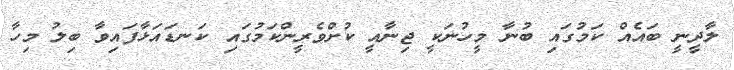
ލާދީނީ ބައެއް ކަމުގައި ބުނާ މީހުނަކީ ޖިނާއީ ކުށްވެރީންކަމުގައި ކަނޑައަޅާފައިވާ ބިލު މިހާ